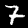
Label: 7